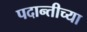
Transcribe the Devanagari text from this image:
पदान्तीच्या